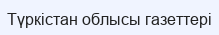
Түркістан облысы газеттері